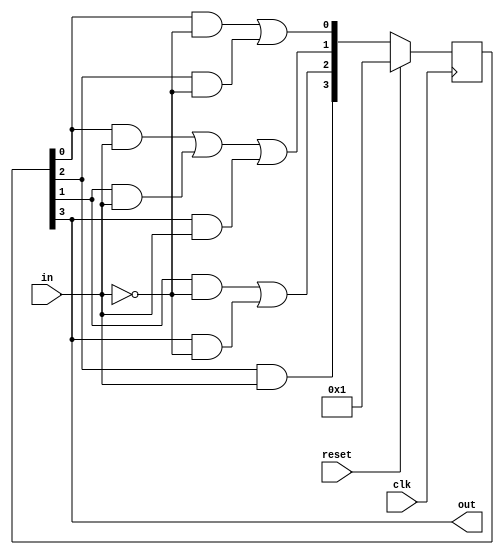
module top_module(
    input clk,
    input in,
    input reset,
    output out); //

    // State transition logic
    parameter A=0, B=1, C=2, D=3;
    reg  [3:0] state;
    wire [3:0] next_state;

    // State transition logic: Derive an equation for each state flip-flop.
    assign next_state[A] = (state[A] & ~in) | (state[C] & ~in);
    assign next_state[B] = (state[A] & in) | (state[B] & in) | (state[D] & in);
    assign next_state[C] = (state[B] & ~in) | (state[D] & ~in);
    assign next_state[D] = (state[C] & in);
    
    // State flip-flops with asynchronous reset
    always @ (posedge clk) begin
        if (reset) state <= 4'b0001;
        else state <= next_state;
    end

    // Output logic
    assign out = state[D];

endmodule